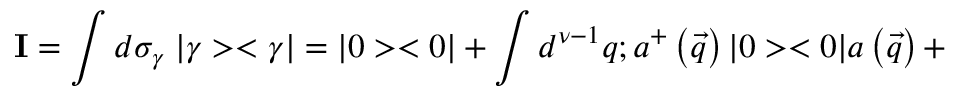
{ \bf I } = \int d { \sigma } _ { \gamma } \; | \gamma > < \gamma | = | 0 > < 0 | + \int d ^ { \nu - 1 } q ; a ^ { + } \left( \vec { q } \right) | 0 > < 0 | a \left( \vec { q } \right) +